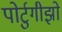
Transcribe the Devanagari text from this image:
पोर्टुगीझो